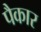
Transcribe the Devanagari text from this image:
पैकार